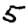
Digit: 5